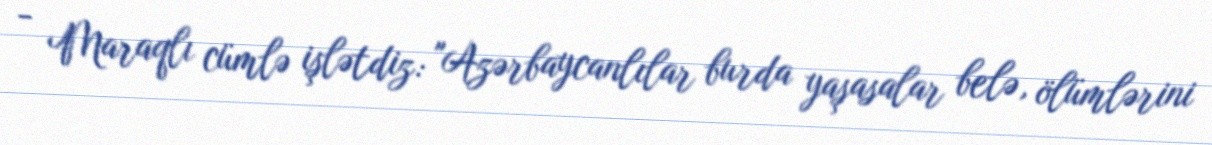
- Maraqlı cümlə işlətdiz: "Azərbaycanlılar burda yaşasalar belə, ölümlərini